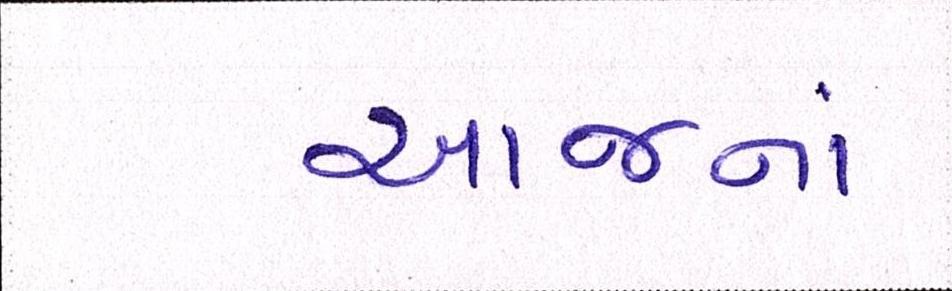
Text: આજનાં